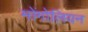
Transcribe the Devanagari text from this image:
मोंगोलियन